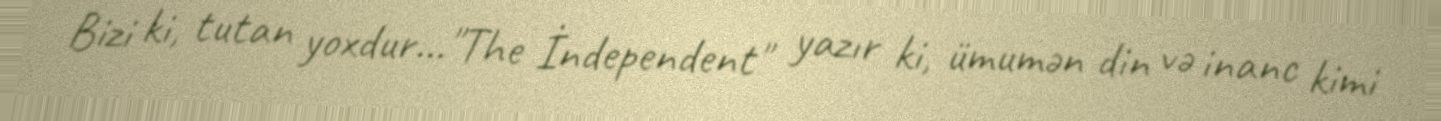
Bizi ki, tutan yoxdur…"The İndependent" yazır ki, ümumən din və inanc kimi